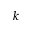
k